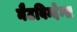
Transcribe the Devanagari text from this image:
नैटविन्देन्स